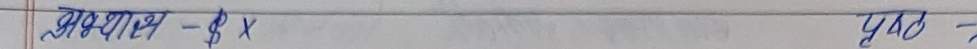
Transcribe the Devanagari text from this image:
अभ्यास - $४ x$ पृष्ठ - ७